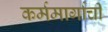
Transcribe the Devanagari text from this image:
कर्ममार्गाची